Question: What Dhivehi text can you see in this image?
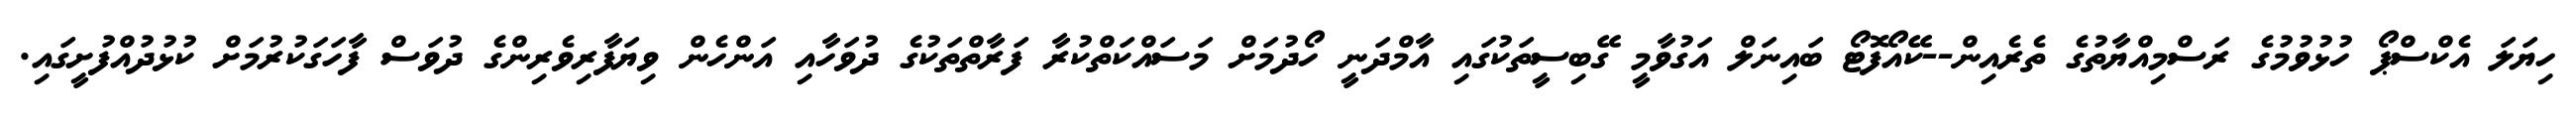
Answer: ހިޔަލަ އެކްސްޕޯ ހުޅުވުމުގެ ރަސްމިއްޔާތުގެ ތެރެއިން--ކޭއޯފޮޓޯ ބައިނަލް އަގުވާމީ ގޭބިސީތަކުގައި އާމްދަނީ ހޯދުމަށް މަސައްކަތްކުރާ ފަރާތްތަކުގެ ދުވަހާއި އަންހެން ވިޔަފާރިވެރިންގެ ދުވަސް ފާހަގަކުރުމަށް ކުޅުދުއްފުށީގައި.